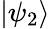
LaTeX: |\psi_{2}\rangle